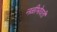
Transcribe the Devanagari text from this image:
नळीभोवती